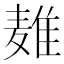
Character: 𱋜